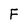
Character: F